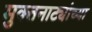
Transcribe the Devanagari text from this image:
मुक्तनाट्यांच्या